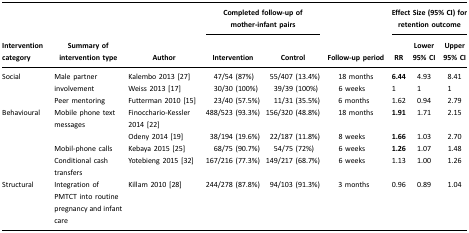
|  |  |  | <COLSPAN=2> Completed follow-up of mother-infant pairs |  | <COLSPAN=3> Effect Size (95% CI) for retention outcome |
 | Intervention category | Summary of intervention type | Author | Intervention | Control | Follow-up period | RR | Lower 95% CI | Upper 95% CI |
 | --- | --- | --- | --- | --- | --- | --- | --- | --- |
 | Social | <ROWSPAN=2> Male partner involvement | Kalembo 2013 [27] | 47/54 (87%) | 55/407 (13.4%) | 18 months | 6.44 | 4.93 | 8.41 |
 |  | Weiss 2013 [17] | 30/30 (100%) | 39/39 (100%) | 6 weeks | 1 | 1 | 1 |
 |  | Peer mentoring | Futterman 2010 [15] | 23/40 (57.5%) | 11/31 (35.5%) | 6 months | 1.62 | 0.94 | 2.79 |
 | Behavioural | Mobile phone text messages | Finocchario-Kessler 2014 [22] | 488/523 (93.3%) | 156/320 (48.8%) | 18 months | 1.91 | 1.71 | 2.15 |
 |  |  | Odeny 2014 [19] | 38/194 (19.6%) | 22/187 (11.8%) | 8 weeks | 1.66 | 1.03 | 2.70 |
 |  | Mobil-phone calls | Kebaya 2015 [25] | 68/75 (90.7%) | 54/75 (72%) | 6 weeks | 1.26 | 1.07 | 1.48 |
 |  | Conditional cash transfers | Yotebieng 2015 [32] | 167/216 (77.3%) | 149/217 (68.7%) | 6 weeks | 1.13 | 1.00 | 1.26 |
 | Structural | Integration of PMTCT into routine pregnancy and infant care | Killam 2010 [28] | 244/278 (87.8%) | 94/103 (91.3%) | 3 months | 0.96 | 0.89 | 1.04 |